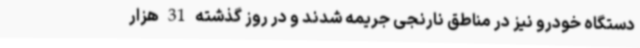
دستگاه خودرو نیز در مناطق نارنجی جریمه شدند و در روز گذشته 31 هزار